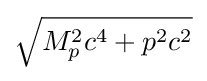
{\sqrt {M_{p}^{2}c^{4}+p^{2}c^{2}}}